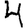
Digit: 4